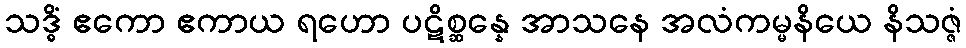
သဒ္ဓိံ ဧကော ဧကာယ ရဟော ပဋိစ္ဆန္နေ အာသနေ အလံကမ္မနိယေ နိသဇ္ဇံ